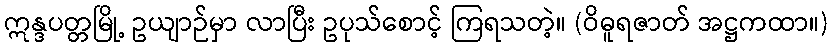
ဣန္ဒပတ္တမြို့ ဥယျာဉ်မှာ လာပြီး ဥပုသ်စောင့် ကြရသတဲ့။ (ဝိဓူရဇာတ် အဋ္ဌကထာ။)